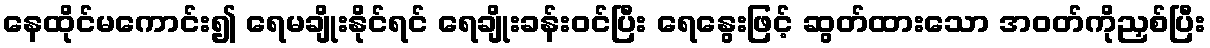
နေထိုင်မကောင်း၍ ရေမချိုးနိုင်ရင် ရေချိုးခန်းဝင်ပြီး ရေနွေးဖြင့် ဆွတ်ထားသော အဝတ်ကိုညှစ်ပြီး